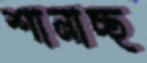
শানাচ্ছ